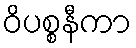
ဝိပစ္စနီကာ